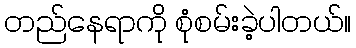
တည်နေရာကို စုံစမ်းခဲ့ပါတယ်။